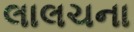
લાલચના